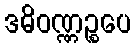
ဒဓိဝဏ္ဏဉ္စပေ